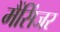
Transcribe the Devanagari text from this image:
मैंसिंजर